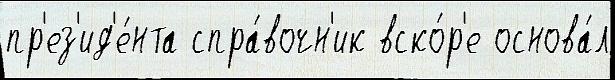
пр'ез'ид'е́нта спра́вочн'ик вско́р'е основа́л